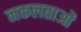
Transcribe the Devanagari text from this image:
नकलताओं